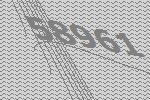
58961